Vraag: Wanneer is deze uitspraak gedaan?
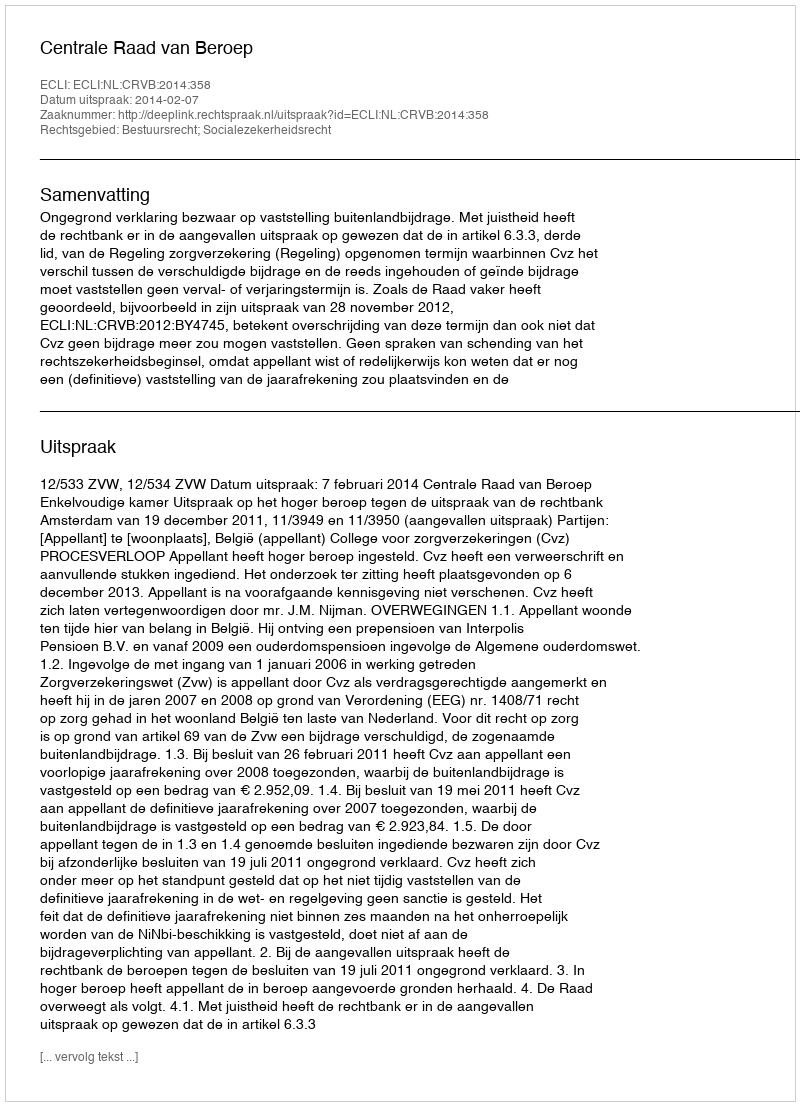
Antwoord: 2014-02-07